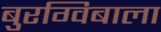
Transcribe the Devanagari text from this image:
बुरग्विबाला